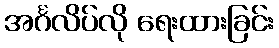
အင်္ဂလိပ်လို ရေးထားခြင်း